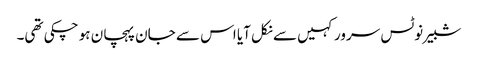
شبیر نوٹس سرور کہیں سے نکل آیا اس سے جان پہچان ہو چکی تھی۔